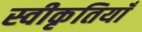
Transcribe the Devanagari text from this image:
स्वीकृतियाँ